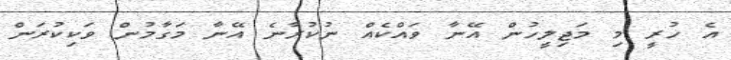
އެ ހުރީ މި މަޖިލީހުން އޭނާ ވައްކެއް ނުކުރާނެ އޭނާ މަގާމުން ވަކިކުރަން